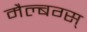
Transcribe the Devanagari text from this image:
मैल्बग्स्